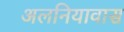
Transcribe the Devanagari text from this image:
अलनियावास